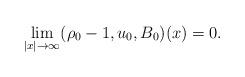
LaTeX: \begin{align*}\underset{|x|\rightarrow \infty}{\lim}(\rho_0-1, u_0, B_0)(x)=0.\end{align*}